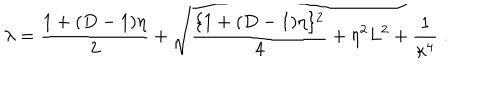
\lambda = \frac { 1 + ( D - 1 ) \eta } { 2 } + \sqrt { \frac { \{ 1 + ( D - 1 ) \eta \} ^ { 2 } } { 4 } + \eta ^ { 2 } L ^ { 2 } + \frac { 1 } { \kappa ^ { 4 } } } \; .